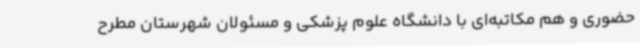
حضوری و هم مکاتبه‌ای با دانشگاه علوم پزشکی و مسئولان شهرستان مطرح